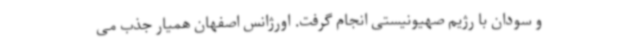
و سودان با رژیم صهیونیستی انجام گرفت. اورژانس اصفهان همیار جذب می